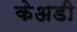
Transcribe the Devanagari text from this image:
केअडी